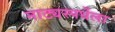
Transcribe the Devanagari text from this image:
नाट्यस्पर्धेला